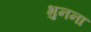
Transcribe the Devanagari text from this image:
भुनना